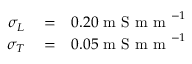
\begin{array} { r l r } { \sigma _ { L } } & { { } = } & { 0 . 2 0 \mathrm { ~ m ~ S ~ m ~ m ~ } ^ { - 1 } } \\ { \sigma _ { T } } & { { } = } & { 0 . 0 5 \mathrm { ~ m ~ S ~ m ~ m ~ } ^ { - 1 } } \end{array}